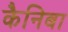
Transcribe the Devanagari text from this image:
कैनिबा